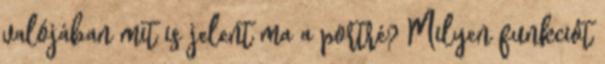
valójában mit is jelent ma a portré? Milyen funkciót